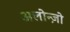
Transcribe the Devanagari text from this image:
अलोन्ज़ो